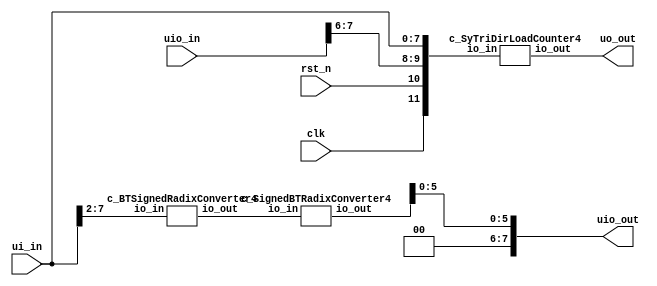
`timescale 1 ns/10 ps  // time-unit = 1 ns, precision = 10 ps
module c_tt_um_ternaryPC_radixconvert (
     input [7:0] ui_in,
     output [7:0] uo_out,
     input  wire [7:0] uio_in,  
     output wire [7:0] uio_out,
     //output wire [7:0] uio_oe, //not needed for FPGA
     //input  wire ena,
     input  wire clk,
     input  wire rst_n
);

wire bnet_0 = clk; //Clock
wire bnet_1 = rst_n; //LoadEn
wire [1:0] tnet_2 = uio_in[7:6]; //Data3
wire [1:0] tnet_3 = ui_in[7:6]; //Data2
wire [1:0] tnet_4 = tnet_3;
wire [1:0] tnet_5 = ui_in[5:4]; //Data1
wire [1:0] tnet_6 = tnet_5;
wire [1:0] tnet_7 = ui_in[3:2]; //Data0
wire [1:0] tnet_8 = tnet_7;
wire [1:0] tnet_9 = ui_in[1:0]; //Dir

wire bnet_10;
wire bnet_11;
wire bnet_12;
wire bnet_13;
wire [1:0] tnet_14;
wire [1:0] tnet_15;
wire [1:0] tnet_16;
wire [1:0] tnet_17;
wire [1:0] tnet_18;
wire [1:0] tnet_19;
wire [1:0] tnet_20;

//assign uio_oe = 8'b00111111; // 0 = input, 1 = output
assign uio_out[7:6] = 2'b00;

assign uo_out[7:6] = tnet_14; //PC3
assign uo_out[5:4] = tnet_15; //PC2
assign uo_out[3:2] = tnet_16; //PC1
assign uo_out[1:0] = tnet_17; //PC0
assign uio_out[5:4] = tnet_18; //RC2
assign uio_out[3:2] = tnet_19; //RC1
assign uio_out[1:0] = tnet_20; //RC0

c_SyTriDirLoadCounter4 SavedGate_0 (
.io_in({bnet_0,bnet_1,tnet_2,tnet_3,tnet_5,tnet_7,tnet_9}),
.io_out({tnet_14,tnet_15,tnet_16,tnet_17})
);

c_SignedBTRadixConverter4 SavedGate_1 (
.io_in({bnet_10,bnet_11,bnet_12,bnet_13}),
.io_out({tnet_18,tnet_18,tnet_19,tnet_20})
);

c_BTSignedRadixConverter4 SavedGate_2 (
.io_in({tnet_4,tnet_6,tnet_8}),
.io_out({bnet_10,bnet_11,bnet_12,bnet_13})
);

endmodule

module c_BHA (
     input [1:0] io_in,
     output [1:0] io_out
);

wire bnet_0 = io_in[1]; //B
wire bnet_1 = bnet_0;
wire bnet_2 = io_in[0]; //A
wire bnet_3 = bnet_2;

wire bnet_4;
wire bnet_5;

assign io_out[1] = bnet_4; //DataOut
assign io_out[0] = bnet_5; //DataOut

f_K00 LogicGate_0 (
.portB(bnet_0),
.portA(bnet_3),
.out(bnet_4)
);

f_20K LogicGate_1 (
.portB(bnet_1),
.portA(bnet_2),
.out(bnet_5)
);

endmodule

module c_BHA3 (
     input [3:0] io_in,
     output [3:0] io_out
);

wire bnet_0 = io_in[3]; //DataIn
wire bnet_1 = io_in[2]; //DataIn
wire bnet_2 = io_in[1]; //DataIn
wire bnet_3 = io_in[0]; //DataIn

wire bnet_4;
wire bnet_5;
wire bnet_6;
wire bnet_7;
wire bnet_8;
wire bnet_9;

assign io_out[3] = bnet_6; //DataOut
assign io_out[2] = bnet_7; //DataOut
assign io_out[1] = bnet_8; //DataOut
assign io_out[0] = bnet_9; //DataOut

c_BHA SavedGate_0 (
.io_in({bnet_1,bnet_4}),
.io_out({bnet_6,bnet_7})
);

c_BHA SavedGate_1 (
.io_in({bnet_2,bnet_5}),
.io_out({bnet_4,bnet_8})
);

c_BHA SavedGate_2 (
.io_in({bnet_0,bnet_3}),
.io_out({bnet_5,bnet_9})
);

endmodule

module c_BTLatch (
     input [2:0] io_in,
     output [1:0] io_out
);

wire bnet_0 = io_in[2]; //DataIn
wire [1:0] tnet_1 = io_in[1:0]; //DataIn

wire [1:0] tnet_2;
wire [1:0] tnet_3 = tnet_2;

assign io_out[1:0] = tnet_3; //DataOut

f_ZD0PPPPPP_bet LogicGate_0 (
.portC({bnet_0,!bnet_0}),
.portA(tnet_1),
.portB(tnet_2),
.out(tnet_2)
);

endmodule

module c_BTSignedRadixConverter4 (
     input [5:0] io_in,
     output [3:0] io_out
);

wire [1:0] tnet_0 = io_in[5:4]; //DataIn
wire [1:0] tnet_1 = tnet_0;
wire [1:0] tnet_2 = tnet_0;
wire [1:0] tnet_3 = io_in[3:2]; //DataIn
wire [1:0] tnet_4 = tnet_3;
wire [1:0] tnet_5 = tnet_3;
wire [1:0] tnet_6 = tnet_3;
wire [1:0] tnet_7 = tnet_3;
wire [1:0] tnet_8 = io_in[1:0]; //DataIn
wire [1:0] tnet_9 = tnet_8;

wire [1:0] tnet_10;
wire [1:0] tnet_11;
wire [1:0] tnet_12 = tnet_11;
wire [1:0] tnet_13 = tnet_11;
wire [1:0] tnet_14;
wire [1:0] tnet_15;
wire [1:0] tnet_16;
wire [1:0] tnet_17;
wire [1:0] tnet_18;

assign io_out[3] = tnet_15[1]; //DataOut
assign io_out[2] = tnet_16[1]; //DataOut
assign io_out[1] = tnet_17[1]; //DataOut
assign io_out[0] = tnet_18[1]; //DataOut

f_228_bet LogicGate_0 (
.portB(tnet_2),
.portA(tnet_10),
.out(tnet_15)
);

f_CC9_bet LogicGate_1 (
.portB(tnet_7),
.portA(tnet_13),
.out(tnet_10)
);

f_N28_bet LogicGate_2 (
.portB(tnet_6),
.portA(tnet_12),
.out(tnet_16)
);

f_EDCRC9DD4_bet LogicGate_3 (
.portC(tnet_1),
.portB(tnet_5),
.portA(tnet_9),
.out(tnet_11)
);

f_2N6_bet LogicGate_4 (
.portB(tnet_4),
.portA(tnet_11),
.out(tnet_17)
);

f_60N_bet LogicGate_5 (
.portB(tnet_0),
.portA(tnet_14),
.out(tnet_18)
);

f_6N6_bet LogicGate_6 (
.portB(tnet_3),
.portA(tnet_8),
.out(tnet_14)
);

endmodule

module c_ConditionalSTI (
     input [2:0] io_in,
     output [1:0] io_out
);

wire bnet_0 = io_in[2]; //Sign
wire [1:0] tnet_1 = io_in[1:0]; //DataIn

wire [1:0] tnet_2;

assign io_out[1:0] = tnet_2; //DataOut

f_5DP_bet LogicGate_0 (
.portB({bnet_0,!bnet_0}),
.portA(tnet_1),
.out(tnet_2)
);

endmodule

module c_ConditionalSTI4 (
     input [8:0] io_in,
     output [7:0] io_out
);

wire bnet_0 = io_in[8]; //Sign
wire bnet_1 = bnet_0;
wire bnet_2 = bnet_0;
wire bnet_3 = bnet_0;
wire [1:0] tnet_4 = io_in[7:6]; //DataIn
wire [1:0] tnet_5 = io_in[5:4]; //DataIn
wire [1:0] tnet_6 = io_in[3:2]; //DataIn
wire [1:0] tnet_7 = io_in[1:0]; //DataIn

//wire [1:0] tnet_8;
wire [1:0] tnet_9;
wire [1:0] tnet_10;
wire [1:0] tnet_11;

//assign io_out[7:6] = tnet_8; //DataOut
assign io_out[5:4] = tnet_9; //DataOut
assign io_out[3:2] = tnet_10; //DataOut
assign io_out[1:0] = tnet_11; //DataOut

//c_ConditionalSTI SavedGate_0 (
//.io_in({bnet_0,tnet_4}),
//.io_out({tnet_8})
//);

c_ConditionalSTI SavedGate_1 (
.io_in({bnet_1,tnet_5}),
.io_out({tnet_9})
);

c_ConditionalSTI SavedGate_2 (
.io_in({bnet_2,tnet_6}),
.io_out({tnet_10})
);

c_ConditionalSTI SavedGate_3 (
.io_in({bnet_3,tnet_7}),
.io_out({tnet_11})
);

endmodule

module c_CONS (
     input [3:0] io_in,
     output [1:0] io_out
);

wire [1:0] tnet_0 = io_in[3:2]; //DataIn
wire [1:0] tnet_1 = io_in[1:0]; //DataIn

wire [1:0] tnet_2;

assign io_out[1:0] = tnet_2; //DataOut

f_RDC_bet LogicGate_0 (
.portB(tnet_0),
.portA(tnet_1),
.out(tnet_2)
);

endmodule

module c_SignedBTRadixConverter4 (
     input [3:0] io_in,
     output [7:0] io_out
);

wire bnet_0 = io_in[3]; //Sign
wire bnet_1 = bnet_0;
wire bnet_2 = bnet_0;
wire bnet_3 = io_in[2]; //DataIn
wire bnet_4 = io_in[1]; //DataIn
wire bnet_5 = io_in[0]; //DataIn

wire [1:0] tnet_6;
wire [1:0] tnet_7;
wire [1:0] tnet_8;
wire [1:0] tnet_9;
wire bnet_10;
wire bnet_11;
wire bnet_12;
wire bnet_13;
wire bnet_14;
wire bnet_15;
wire bnet_16;
wire [1:0] tnet_17;
wire [1:0] tnet_18;
wire [1:0] tnet_19;
wire [1:0] tnet_20;

assign io_out[7:6] = tnet_17; //DataOut
assign io_out[5:4] = tnet_18; //DataOut
assign io_out[3:2] = tnet_19; //DataOut
assign io_out[1:0] = tnet_20; //DataOut

c_ConditionalSTI4 SavedGate_0 (
.io_in({bnet_2,tnet_9,tnet_8,tnet_7,tnet_6}),
.io_out({tnet_17,tnet_18,tnet_19,tnet_20})
);

c_UnsignedBT_RadixConverter4 SavedGate_1 (
.io_in({bnet_10,bnet_11,bnet_12,bnet_13}),
.io_out({tnet_9,tnet_8,tnet_7,tnet_6})
);

c_BHA3 SavedGate_2 (
.io_in({bnet_1,bnet_14,bnet_15,bnet_16}),
.io_out({bnet_10,bnet_11,bnet_12,bnet_13})
);

c_XOR3 SavedGate_3 (
.io_in({bnet_0,bnet_3,bnet_4,bnet_5}),
.io_out({bnet_14,bnet_15,bnet_16})
);

endmodule

module c_SyTriDirLoadCounter (
     input [5:0] io_in,
     output [1:0] io_out
);

wire bnet_0 = io_in[5]; //Clock
wire bnet_1 = io_in[4]; //LoadEn
wire [1:0] tnet_2 = io_in[3:2]; //Data
wire [1:0] tnet_3 = io_in[1:0]; //Dir

wire [1:0] tnet_4;
wire [1:0] tnet_5;
wire [1:0] tnet_6;
wire [1:0] tnet_7 = tnet_6;

assign io_out[1:0] = tnet_7; //DataOut

f_PPPPPPZD0_bet LogicGate_0 (
.portC({bnet_1,!bnet_1}),
.portB(tnet_2),
.portA(tnet_5),
.out(tnet_4)
);

f_7PB_bet LogicGate_1 (
.portB(tnet_3),
.portA(tnet_6),
.out(tnet_5)
);

c_TFF SavedGate_0 (
.io_in({bnet_0,tnet_4}),
.io_out({tnet_6})
);

endmodule

module c_SyTriDirLoadCounter4 (
     input [11:0] io_in,
     output [7:0] io_out
);

wire bnet_0 = io_in[11]; //Clock
wire bnet_1 = bnet_0;
wire bnet_2 = bnet_0;
wire bnet_3 = bnet_0;
wire bnet_4 = io_in[10]; //LoadEn
wire bnet_5 = bnet_4;
wire bnet_6 = bnet_4;
wire bnet_7 = bnet_4;
wire [1:0] tnet_8 = io_in[9:8]; //Data3
wire [1:0] tnet_9 = io_in[7:6]; //Data2
wire [1:0] tnet_10 = io_in[5:4]; //Data1
wire [1:0] tnet_11 = io_in[3:2]; //Data0
wire [1:0] tnet_12 = io_in[1:0]; //Dir
wire [1:0] tnet_13 = tnet_12;

wire [1:0] tnet_14;
wire [1:0] tnet_15;
wire [1:0] tnet_16;
wire [1:0] tnet_17 = tnet_16;
wire [1:0] tnet_18;
wire [1:0] tnet_19;
wire [1:0] tnet_20 = tnet_19;
wire [1:0] tnet_21;
wire [1:0] tnet_22;
wire [1:0] tnet_23 = tnet_15;
wire [1:0] tnet_24 = tnet_18;
wire [1:0] tnet_25 = tnet_21;

assign io_out[7:6] = tnet_22; //Data3
assign io_out[5:4] = tnet_23; //Data2
assign io_out[3:2] = tnet_24; //Data1
assign io_out[1:0] = tnet_25; //Data0

c_SyTriDirLoadCounter SavedGate_0 (
.io_in({bnet_3,bnet_7,tnet_8,tnet_14}),
.io_out({tnet_22})
);

c_CONS SavedGate_1 (
.io_in({tnet_15,tnet_17}),
.io_out({tnet_14})
);

c_SyTriDirLoadCounter SavedGate_2 (
.io_in({bnet_2,bnet_6,tnet_9,tnet_16}),
.io_out({tnet_15})
);

c_CONS SavedGate_3 (
.io_in({tnet_18,tnet_20}),
.io_out({tnet_16})
);

c_SyTriDirLoadCounter SavedGate_4 (
.io_in({bnet_1,bnet_5,tnet_10,tnet_19}),
.io_out({tnet_18})
);

c_CONS SavedGate_5 (
.io_in({tnet_21,tnet_12}),
.io_out({tnet_19})
);

c_SyTriDirLoadCounter SavedGate_6 (
.io_in({bnet_0,bnet_4,tnet_11,tnet_13}),
.io_out({tnet_21})
);

endmodule

module c_TFF (
     input [2:0] io_in,
     output [1:0] io_out
);

wire bnet_0 = io_in[2]; //DataIn
wire bnet_1 = bnet_0;
wire [1:0] tnet_2 = io_in[1:0]; //DataIn

wire bnet_3;
wire [1:0] tnet_4;
wire [1:0] tnet_5;

assign io_out[1:0] = tnet_5; //DataOut

f_2 LogicGate_0 (
.portA(bnet_0),
.out(bnet_3)
);

c_BTLatch SavedGate_0 (
.io_in({bnet_1,tnet_4}),
.io_out({tnet_5})
);

c_BTLatch SavedGate_1 (
.io_in({bnet_3,tnet_2}),
.io_out({tnet_4})
);

endmodule

module c_UnsignedBT_RadixConverter4 (
     input [3:0] io_in,
     output [7:0] io_out
);

wire bnet_0 = io_in[3]; //b3
wire bnet_1 = bnet_0;
wire bnet_2 = bnet_0;
wire bnet_3 = bnet_0;
wire bnet_4 = io_in[2]; //b2
wire bnet_5 = bnet_4;
wire bnet_6 = bnet_4;
wire bnet_7 = bnet_4;
wire bnet_8 = io_in[1]; //b1
wire bnet_9 = bnet_8;
wire bnet_10 = bnet_8;
wire bnet_11 = io_in[0]; //b0
wire bnet_12 = bnet_11;

wire [1:0] tnet_13;
wire [1:0] tnet_14 = tnet_13;
wire [1:0] tnet_15;
wire [1:0] tnet_16 = tnet_15;
wire [1:0] tnet_17;
wire [1:0] tnet_18 = tnet_17;
wire [1:0] tnet_19;
wire [1:0] tnet_20;
wire [1:0] tnet_21;
wire [1:0] tnet_22 = tnet_21;
wire [1:0] tnet_23;
wire [1:0] tnet_24;
wire [1:0] tnet_25;
wire [1:0] tnet_26;
wire [1:0] tnet_27;

assign io_out[7:6] = tnet_24; //t3
assign io_out[5:4] = tnet_25; //t2
assign io_out[3:2] = tnet_26; //t1
assign io_out[1:0] = tnet_27; //t0

f_RRD_bet LogicGate_0 (
.portA({bnet_3,!bnet_3}),
.portB(tnet_14),
.out(tnet_24)
);

f_RRDRDDDDD_bet LogicGate_1 (
.portB({bnet_7,!bnet_7}),
.portA(tnet_16),
.portC(tnet_18),
.out(tnet_13)
);

f_88R_bet LogicGate_2 (
.portA({bnet_2,!bnet_2}),
.portB(tnet_13),
.out(tnet_25)
);

f_ZZR_bet LogicGate_3 (
.portA({bnet_10,!bnet_10}),
.portB(tnet_19),
.out(tnet_15)
);

f_DD4_bet LogicGate_4 (
.portB({bnet_1,!bnet_1}),
.portA(tnet_22),
.out(tnet_17)
);

f_HHDDXXDDD_bet LogicGate_5 (
.portC({bnet_5,!bnet_5}),
.portB({bnet_9,!bnet_9}),
.portA({bnet_12,!bnet_12}),
.out(tnet_19)
);

f_XE2_bet LogicGate_6 (
.portB(tnet_17),
.portA(tnet_20),
.out(tnet_26)
);

f_5XX_bet LogicGate_7 (
.portB({bnet_6,!bnet_6}),
.portA(tnet_15),
.out(tnet_20)
);

f_H4K_bet LogicGate_8 (
.portB({bnet_0,!bnet_0}),
.portA(tnet_21),
.out(tnet_27)
);

f_5XC_bet LogicGate_9 (
.portB({bnet_4,!bnet_4}),
.portA(tnet_23),
.out(tnet_21)
);

f_HE4_bet LogicGate_10 (
.portB({bnet_8,!bnet_8}),
.portA({bnet_11,!bnet_11}),
.out(tnet_23)
);

endmodule

module c_XOR (
     input [1:0] io_in,
     output [0:0] io_out
);

wire bnet_0 = io_in[1]; //DataIn
wire bnet_1 = io_in[0]; //DataIn

wire bnet_2;

assign io_out[0] = bnet_2; //DataOut

f_20K LogicGate_0 (
.portB(bnet_0),
.portA(bnet_1),
.out(bnet_2)
);

endmodule

module c_XOR3 (
     input [3:0] io_in,
     output [2:0] io_out
);

wire bnet_0 = io_in[3]; //Sign
wire bnet_1 = bnet_0;
wire bnet_2 = bnet_0;
wire bnet_3 = io_in[2]; //DataIn
wire bnet_4 = io_in[1]; //DataIn
wire bnet_5 = io_in[0]; //DataIn

wire bnet_6;
wire bnet_7;
wire bnet_8;

assign io_out[2] = bnet_6; //DataOut
assign io_out[1] = bnet_7; //DataOut
assign io_out[0] = bnet_8; //DataOut

c_XOR SavedGate_0 (
.io_in({bnet_0,bnet_3}),
.io_out({bnet_6})
);

c_XOR SavedGate_1 (
.io_in({bnet_1,bnet_4}),
.io_out({bnet_7})
);

c_XOR SavedGate_2 (
.io_in({bnet_2,bnet_5}),
.io_out({bnet_8})
);

endmodule

module f_2 (
     input wire portA,
     output wire out
     );

     assign out = 
    (portA == 0);
endmodule

module f_20K (
     input wire portB,
     input wire portA,
     output wire out
     );

     assign out = 
    (portB == 1 & portA == 0) |
    (portB == 0 & portA == 1);
endmodule

module f_228_bet (
     input wire[1:0] portB,
     input wire[1:0] portA,
     output wire[1:0] out
     );

     assign out = 
    (portB == 2'b01) & (portA == 2'b01) ? 2'b10 :
    (portB == 2'b11) & (portA == 2'b01) ? 2'b10 :
    (portB == 2'b10) & (portA == 2'b01) ? 2'b01 :
    (portB == 2'b01) & (portA == 2'b11) ? 2'b10 :
    (portB == 2'b11) & (portA == 2'b11) ? 2'b01 :
    (portB == 2'b10) & (portA == 2'b11) ? 2'b01 :
    (portB == 2'b01) & (portA == 2'b10) ? 2'b10 :
    (portB == 2'b11) & (portA == 2'b10) ? 2'b01 :
    (portB == 2'b10) & (portA == 2'b10) ? 2'b01 :
     2'b11;
endmodule

module f_2N6_bet (
     input wire[1:0] portB,
     input wire[1:0] portA,
     output wire[1:0] out
     );

     assign out = 
    (portB == 2'b01) & (portA == 2'b01) ? 2'b01 :
    (portB == 2'b11) & (portA == 2'b01) ? 2'b10 :
    (portB == 2'b10) & (portA == 2'b01) ? 2'b01 :
    (portB == 2'b01) & (portA == 2'b11) ? 2'b10 :
    (portB == 2'b11) & (portA == 2'b11) ? 2'b01 :
    (portB == 2'b10) & (portA == 2'b11) ? 2'b10 :
    (portB == 2'b01) & (portA == 2'b10) ? 2'b10 :
    (portB == 2'b11) & (portA == 2'b10) ? 2'b01 :
    (portB == 2'b10) & (portA == 2'b10) ? 2'b01 :
     2'b11;
endmodule

module f_5DP_bet (
     input wire[1:0] portB,
     input wire[1:0] portA,
     output wire[1:0] out
     );

     assign out = 
    (portB == 2'b01) & (portA == 2'b01) ? 2'b01 :
    (portB == 2'b10) & (portA == 2'b01) ? 2'b10 :
    (portB == 2'b01) & (portA == 2'b10) ? 2'b10 :
    (portB == 2'b10) & (portA == 2'b10) ? 2'b01 :
     2'b11;
endmodule

module f_5XC_bet (
     input wire[1:0] portB,
     input wire[1:0] portA,
     output wire[1:0] out
     );

     assign out = 
    (portB == 2'b01) & (portA == 2'b01) ? 2'b01 :
    (portB == 2'b11) & (portA == 2'b11) ? 2'b10 :
    (portB == 2'b10) & (portA == 2'b11) ? 2'b10 :
    (portB == 2'b01) & (portA == 2'b10) ? 2'b10 :
    (portB == 2'b10) & (portA == 2'b10) ? 2'b01 :
     2'b11;
endmodule

module f_5XX_bet (
     input wire[1:0] portB,
     input wire[1:0] portA,
     output wire[1:0] out
     );

     assign out = 
    (portB == 2'b11) & (portA == 2'b01) ? 2'b10 :
    (portB == 2'b10) & (portA == 2'b01) ? 2'b10 :
    (portB == 2'b11) & (portA == 2'b11) ? 2'b10 :
    (portB == 2'b10) & (portA == 2'b11) ? 2'b10 :
    (portB == 2'b01) & (portA == 2'b10) ? 2'b10 :
    (portB == 2'b10) & (portA == 2'b10) ? 2'b01 :
     2'b11;
endmodule

module f_60N_bet (
     input wire[1:0] portB,
     input wire[1:0] portA,
     output wire[1:0] out
     );

     assign out = 
    (portB == 2'b01) & (portA == 2'b01) ? 2'b10 :
    (portB == 2'b11) & (portA == 2'b01) ? 2'b01 :
    (portB == 2'b10) & (portA == 2'b01) ? 2'b10 :
    (portB == 2'b01) & (portA == 2'b11) ? 2'b01 :
    (portB == 2'b11) & (portA == 2'b11) ? 2'b01 :
    (portB == 2'b10) & (portA == 2'b11) ? 2'b01 :
    (portB == 2'b01) & (portA == 2'b10) ? 2'b01 :
    (portB == 2'b11) & (portA == 2'b10) ? 2'b10 :
    (portB == 2'b10) & (portA == 2'b10) ? 2'b01 :
     2'b11;
endmodule

module f_6N6_bet (
     input wire[1:0] portB,
     input wire[1:0] portA,
     output wire[1:0] out
     );

     assign out = 
    (portB == 2'b01) & (portA == 2'b01) ? 2'b01 :
    (portB == 2'b11) & (portA == 2'b01) ? 2'b10 :
    (portB == 2'b10) & (portA == 2'b01) ? 2'b01 :
    (portB == 2'b01) & (portA == 2'b11) ? 2'b10 :
    (portB == 2'b11) & (portA == 2'b11) ? 2'b01 :
    (portB == 2'b10) & (portA == 2'b11) ? 2'b10 :
    (portB == 2'b01) & (portA == 2'b10) ? 2'b01 :
    (portB == 2'b11) & (portA == 2'b10) ? 2'b10 :
    (portB == 2'b10) & (portA == 2'b10) ? 2'b01 :
     2'b11;
endmodule

module f_7PB_bet (
     input wire[1:0] portB,
     input wire[1:0] portA,
     output wire[1:0] out
     );

     assign out = 
    (portB == 2'b01) & (portA == 2'b01) ? 2'b10 :
    (portB == 2'b11) & (portA == 2'b01) ? 2'b01 :
    (portB == 2'b01) & (portA == 2'b11) ? 2'b01 :
    (portB == 2'b10) & (portA == 2'b11) ? 2'b10 :
    (portB == 2'b11) & (portA == 2'b10) ? 2'b10 :
    (portB == 2'b10) & (portA == 2'b10) ? 2'b01 :
     2'b11;
endmodule

module f_88R_bet (
     input wire[1:0] portB,
     input wire[1:0] portA,
     output wire[1:0] out
     );

     assign out = 
    (portB == 2'b10) & (portA == 2'b01) ? 2'b10 :
    (portB == 2'b01) & (portA == 2'b11) ? 2'b10 :
    (portB == 2'b11) & (portA == 2'b11) ? 2'b10 :
    (portB == 2'b10) & (portA == 2'b11) ? 2'b01 :
    (portB == 2'b01) & (portA == 2'b10) ? 2'b10 :
    (portB == 2'b11) & (portA == 2'b10) ? 2'b10 :
    (portB == 2'b10) & (portA == 2'b10) ? 2'b01 :
     2'b11;
endmodule

module f_CC9_bet (
     input wire[1:0] portB,
     input wire[1:0] portA,
     output wire[1:0] out
     );

     assign out = 
    (portB == 2'b01) & (portA == 2'b01) ? 2'b01 :
    (portB == 2'b11) & (portA == 2'b01) ? 2'b01 :
    (portB == 2'b01) & (portA == 2'b11) ? 2'b01 :
    (portB == 2'b01) & (portA == 2'b10) ? 2'b01 :
     2'b11;
endmodule

module f_DD4_bet (
     input wire[1:0] portB,
     input wire[1:0] portA,
     output wire[1:0] out
     );

     assign out = 
    (portB == 2'b10) & (portA == 2'b01) ? 2'b01 :
     2'b11;
endmodule

module f_EDCRC9DD4_bet (
     input wire[1:0] portC,
     input wire[1:0] portB,
     input wire[1:0] portA,
     output wire[1:0] out
     );

     assign out = 
    (portC == 2'b01) & (portB == 2'b10) & (portA == 2'b01) ? 2'b01 :
    (portC == 2'b11) & (portB == 2'b01) & (portA == 2'b01) ? 2'b01 :
    (portC == 2'b11) & (portB == 2'b11) & (portA == 2'b01) ? 2'b01 :
    (portC == 2'b11) & (portB == 2'b01) & (portA == 2'b11) ? 2'b01 :
    (portC == 2'b11) & (portB == 2'b10) & (portA == 2'b10) ? 2'b10 :
    (portC == 2'b10) & (portB == 2'b01) & (portA == 2'b01) ? 2'b01 :
    (portC == 2'b10) & (portB == 2'b01) & (portA == 2'b10) ? 2'b10 :
     2'b11;
endmodule

module f_H4K_bet (
     input wire[1:0] portB,
     input wire[1:0] portA,
     output wire[1:0] out
     );

     assign out = 
    (portB == 2'b01) & (portA == 2'b01) ? 2'b01 :
    (portB == 2'b11) & (portA == 2'b01) ? 2'b01 :
    (portB == 2'b10) & (portA == 2'b01) ? 2'b10 :
    (portB == 2'b10) & (portA == 2'b11) ? 2'b01 :
    (portB == 2'b01) & (portA == 2'b10) ? 2'b10 :
    (portB == 2'b11) & (portA == 2'b10) ? 2'b10 :
     2'b11;
endmodule

module f_HE4_bet (
     input wire[1:0] portB,
     input wire[1:0] portA,
     output wire[1:0] out
     );

     assign out = 
    (portB == 2'b10) & (portA == 2'b01) ? 2'b01 :
    (portB == 2'b01) & (portA == 2'b11) ? 2'b10 :
    (portB == 2'b01) & (portA == 2'b10) ? 2'b10 :
    (portB == 2'b11) & (portA == 2'b10) ? 2'b10 :
     2'b11;
endmodule

module f_HHDDXXDDD_bet (
     input wire[1:0] portC,
     input wire[1:0] portB,
     input wire[1:0] portA,
     output wire[1:0] out
     );

     assign out = 
    (portC == 2'b11) & (portB == 2'b11) & (portA == 2'b01) ? 2'b10 :
    (portC == 2'b11) & (portB == 2'b10) & (portA == 2'b01) ? 2'b10 :
    (portC == 2'b11) & (portB == 2'b11) & (portA == 2'b11) ? 2'b10 :
    (portC == 2'b11) & (portB == 2'b10) & (portA == 2'b11) ? 2'b10 :
    (portC == 2'b10) & (portB == 2'b01) & (portA == 2'b11) ? 2'b10 :
    (portC == 2'b10) & (portB == 2'b11) & (portA == 2'b11) ? 2'b10 :
    (portC == 2'b10) & (portB == 2'b01) & (portA == 2'b10) ? 2'b10 :
    (portC == 2'b10) & (portB == 2'b11) & (portA == 2'b10) ? 2'b10 :
     2'b11;
endmodule

module f_K00 (
     input wire portB,
     input wire portA,
     output wire out
     );

     assign out = 
    (portB == 1 & portA == 1);
endmodule

module f_N28_bet (
     input wire[1:0] portB,
     input wire[1:0] portA,
     output wire[1:0] out
     );

     assign out = 
    (portB == 2'b01) & (portA == 2'b01) ? 2'b10 :
    (portB == 2'b11) & (portA == 2'b01) ? 2'b10 :
    (portB == 2'b10) & (portA == 2'b01) ? 2'b01 :
    (portB == 2'b01) & (portA == 2'b11) ? 2'b10 :
    (portB == 2'b11) & (portA == 2'b11) ? 2'b01 :
    (portB == 2'b10) & (portA == 2'b11) ? 2'b01 :
    (portB == 2'b01) & (portA == 2'b10) ? 2'b10 :
    (portB == 2'b11) & (portA == 2'b10) ? 2'b01 :
    (portB == 2'b10) & (portA == 2'b10) ? 2'b10 :
     2'b11;
endmodule

module f_PPPPPPZD0_bet (
     input wire[1:0] portC,
     input wire[1:0] portB,
     input wire[1:0] portA,
     output wire[1:0] out
     );

     assign out = 
    (portC == 2'b01) & (portB == 2'b01) & (portA == 2'b01) ? 2'b01 :
    (portC == 2'b01) & (portB == 2'b11) & (portA == 2'b01) ? 2'b01 :
    (portC == 2'b01) & (portB == 2'b10) & (portA == 2'b01) ? 2'b01 :
    (portC == 2'b01) & (portB == 2'b01) & (portA == 2'b10) ? 2'b10 :
    (portC == 2'b01) & (portB == 2'b11) & (portA == 2'b10) ? 2'b10 :
    (portC == 2'b01) & (portB == 2'b10) & (portA == 2'b10) ? 2'b10 :
    (portC == 2'b11) & (portB == 2'b01) & (portA == 2'b01) ? 2'b01 :
    (portC == 2'b11) & (portB == 2'b10) & (portA == 2'b01) ? 2'b10 :
    (portC == 2'b11) & (portB == 2'b01) & (portA == 2'b11) ? 2'b01 :
    (portC == 2'b11) & (portB == 2'b10) & (portA == 2'b11) ? 2'b10 :
    (portC == 2'b11) & (portB == 2'b01) & (portA == 2'b10) ? 2'b01 :
    (portC == 2'b11) & (portB == 2'b10) & (portA == 2'b10) ? 2'b10 :
    (portC == 2'b10) & (portB == 2'b01) & (portA == 2'b01) ? 2'b01 :
    (portC == 2'b10) & (portB == 2'b10) & (portA == 2'b01) ? 2'b10 :
    (portC == 2'b10) & (portB == 2'b01) & (portA == 2'b11) ? 2'b01 :
    (portC == 2'b10) & (portB == 2'b10) & (portA == 2'b11) ? 2'b10 :
    (portC == 2'b10) & (portB == 2'b01) & (portA == 2'b10) ? 2'b01 :
    (portC == 2'b10) & (portB == 2'b10) & (portA == 2'b10) ? 2'b10 :
     2'b11;
endmodule

module f_RDC_bet (
     input wire[1:0] portB,
     input wire[1:0] portA,
     output wire[1:0] out
     );

     assign out = 
    (portB == 2'b01) & (portA == 2'b01) ? 2'b01 :
    (portB == 2'b10) & (portA == 2'b10) ? 2'b10 :
     2'b11;
endmodule

module f_RRDRDDDDD_bet (
     input wire[1:0] portC,
     input wire[1:0] portB,
     input wire[1:0] portA,
     output wire[1:0] out
     );

     assign out = 
    (portC == 2'b11) & (portB == 2'b10) & (portA == 2'b10) ? 2'b10 :
    (portC == 2'b10) & (portB == 2'b10) & (portA == 2'b11) ? 2'b10 :
    (portC == 2'b10) & (portB == 2'b10) & (portA == 2'b10) ? 2'b10 :
     2'b11;
endmodule

module f_RRD_bet (
     input wire[1:0] portB,
     input wire[1:0] portA,
     output wire[1:0] out
     );

     assign out = 
    (portB == 2'b10) & (portA == 2'b11) ? 2'b10 :
    (portB == 2'b10) & (portA == 2'b10) ? 2'b10 :
     2'b11;
endmodule

module f_XE2_bet (
     input wire[1:0] portB,
     input wire[1:0] portA,
     output wire[1:0] out
     );

     assign out = 
    (portB == 2'b01) & (portA == 2'b01) ? 2'b10 :
    (portB == 2'b11) & (portA == 2'b01) ? 2'b01 :
    (portB == 2'b10) & (portA == 2'b01) ? 2'b01 :
    (portB == 2'b01) & (portA == 2'b11) ? 2'b10 :
    (portB == 2'b11) & (portA == 2'b10) ? 2'b10 :
    (portB == 2'b10) & (portA == 2'b10) ? 2'b10 :
     2'b11;
endmodule

module f_ZD0PPPPPP_bet (
     input wire[1:0] portC,
     input wire[1:0] portB,
     input wire[1:0] portA,
     output reg[1:0] out
     );

     always @(posedge portC[1])
     out <= 
     (portA == 2'b01) ? 2'b01 :
     (portA == 2'b10) ? 2'b10 :
      2'b11 ;
endmodule

module f_ZZR_bet (
     input wire[1:0] portB,
     input wire[1:0] portA,
     output wire[1:0] out
     );

     assign out = 
    (portB == 2'b10) & (portA == 2'b01) ? 2'b10 :
    (portB == 2'b01) & (portA == 2'b11) ? 2'b10 :
    (portB == 2'b11) & (portA == 2'b11) ? 2'b10 :
    (portB == 2'b10) & (portA == 2'b11) ? 2'b10 :
    (portB == 2'b01) & (portA == 2'b10) ? 2'b10 :
    (portB == 2'b11) & (portA == 2'b10) ? 2'b10 :
    (portB == 2'b10) & (portA == 2'b10) ? 2'b10 :
     2'b11;
endmodule